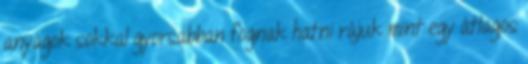
anyagok sokkal gyorsabban fognak hatni rájuk mint egy átlagos